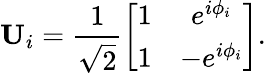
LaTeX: \mathbf{U}_{i}=\frac{1}{\sqrt{2}}\left[\begin{array}{cc}{1}&{e^{i\phi_{i}}}\\ {1}&{-e^{i\phi_{i}}}\end{array}\right].